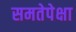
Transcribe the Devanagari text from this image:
समतेपेक्षा